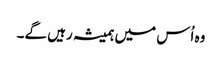
وہ اُس میں ہمیشہ رہیں گے۔